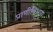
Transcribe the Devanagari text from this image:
प्राणीविभाग